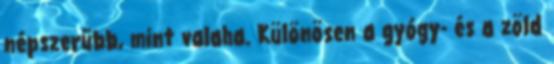
népszerűbb, mint valaha. Különösen a gyógy- és a zöld